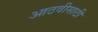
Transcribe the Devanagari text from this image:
आठवीसाठी